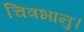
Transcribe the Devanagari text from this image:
चित्रभानु।